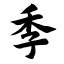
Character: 季